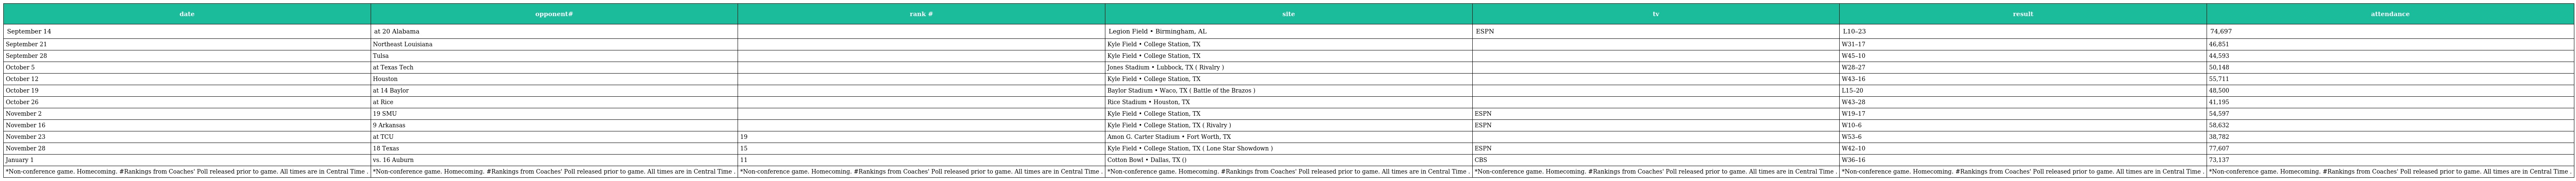
| date | opponent# | rank # | site | tv | result | attendance |
 | --- | --- | --- | --- | --- | --- | --- |
 | September 14 | at 20 Alabama |  | Legion Field • Birmingham, AL | ESPN | L10–23 | 74,697 |
 | September 21 | Northeast Louisiana |  | Kyle Field • College Station, TX |  | W31–17 | 46,851 |
 | September 28 | Tulsa |  | Kyle Field • College Station, TX |  | W45–10 | 44,593 |
 | October 5 | at Texas Tech |  | Jones Stadium • Lubbock, TX ( Rivalry ) |  | W28–27 | 50,148 |
 | October 12 | Houston |  | Kyle Field • College Station, TX |  | W43–16 | 55,711 |
 | October 19 | at 14 Baylor |  | Baylor Stadium • Waco, TX ( Battle of the Brazos ) |  | L15–20 | 48,500 |
 | October 26 | at Rice |  | Rice Stadium • Houston, TX |  | W43–28 | 41,195 |
 | November 2 | 19 SMU |  | Kyle Field • College Station, TX | ESPN | W19–17 | 54,597 |
 | November 16 | 9 Arkansas |  | Kyle Field • College Station, TX ( Rivalry ) | ESPN | W10–6 | 58,632 |
 | November 23 | at TCU | 19 | Amon G. Carter Stadium • Fort Worth, TX |  | W53–6 | 38,782 |
 | November 28 | 18 Texas | 15 | Kyle Field • College Station, TX ( Lone Star Showdown ) | ESPN | W42–10 | 77,607 |
 | January 1 | vs. 16 Auburn | 11 | Cotton Bowl • Dallas, TX () | CBS | W36–16 | 73,137 |
 | *Non-conference game. Homecoming. #Rankings from Coaches' Poll released prior to game. All times are in Central Time . | *Non-conference game. Homecoming. #Rankings from Coaches' Poll released prior to game. All times are in Central Time . | *Non-conference game. Homecoming. #Rankings from Coaches' Poll released prior to game. All times are in Central Time . | *Non-conference game. Homecoming. #Rankings from Coaches' Poll released prior to game. All times are in Central Time . | *Non-conference game. Homecoming. #Rankings from Coaches' Poll released prior to game. All times are in Central Time . | *Non-conference game. Homecoming. #Rankings from Coaches' Poll released prior to game. All times are in Central Time . | *Non-conference game. Homecoming. #Rankings from Coaches' Poll released prior to game. All times are in Central Time . |